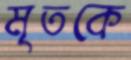
মৃতকে